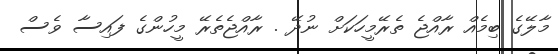
މާލޭގެ ބިމެއް ރާއްޖެ ތެރޭމީހަކަށް ނުދޭ . ރާއްޖެތެރޭ މީހުންގެ ފައިސާ ވެސް